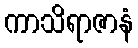
ကာသိရာဇာနံ